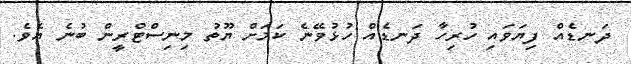
ދަނޑެއް ފިޔަވައި ހުރިހާ ދަނޑެއް ހުޅުވޭނެ ކަމަށް ޔޫތު މިނިސްޓްރީން ބުނެ އެވެ.